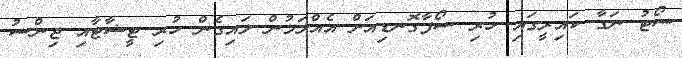
ސޯޓު ނަގާ ކައިރީގައި ހުރި ސޯފާގޮނޑިއަށް އެއްލަމުން ލައިގެން ހުރި ޓީޝާޓާއި ޖިންސު